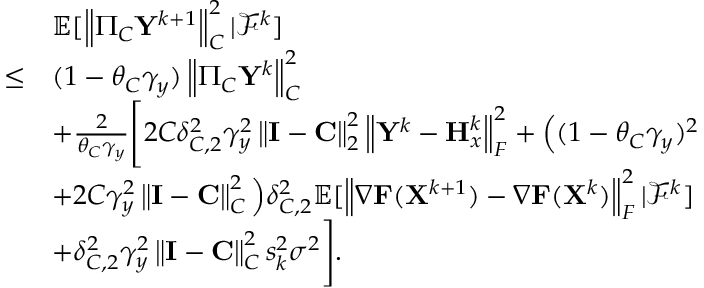
\begin{array} { r l } & { { \mathbb { E } } [ \left\| \Pi _ { C } { \mathbf { Y } } ^ { k + 1 } \right\| _ { C } ^ { 2 } \vert { \mathcal { F } } ^ { k } ] } \\ { \leq } & { ( 1 - \theta _ { C } \gamma _ { y } ) \left\| \Pi _ { C } { \mathbf { Y } } ^ { k } \right\| _ { C } ^ { 2 } } \\ & { + \frac { 2 } { \theta _ { C } \gamma _ { y } } \Bigg [ 2 C \delta _ { C , 2 } ^ { 2 } \gamma _ { y } ^ { 2 } \left\| { \mathbf { I } } - { \mathbf { C } } \right\| _ { 2 } ^ { 2 } \left\| { \mathbf { Y } } ^ { k } - { \mathbf { H } } _ { x } ^ { k } \right\| _ { F } ^ { 2 } + \Big ( ( 1 - \theta _ { C } \gamma _ { y } ) ^ { 2 } } \\ & { + 2 C \gamma _ { y } ^ { 2 } \left\| { \mathbf { I } } - { \mathbf { C } } \right\| _ { C } ^ { 2 } \Big ) \delta _ { C , 2 } ^ { 2 } { \mathbb { E } } [ \left\| \nabla { \mathbf { F } } ( { \mathbf { X } } ^ { k + 1 } ) - \nabla { \mathbf { F } } ( { \mathbf { X } } ^ { k } ) \right\| _ { F } ^ { 2 } \vert { \mathcal { F } } ^ { k } ] } \\ & { + \delta _ { C , 2 } ^ { 2 } \gamma _ { y } ^ { 2 } \left\| { \mathbf { I } } - { \mathbf { C } } \right\| _ { C } ^ { 2 } s _ { k } ^ { 2 } \sigma ^ { 2 } \Bigg ] . } \end{array}